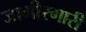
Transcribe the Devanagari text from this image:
जागीरगारी